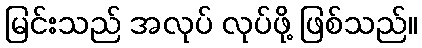
မြင်းသည် အလုပ် လုပ်ဖို့ ဖြစ်သည်။